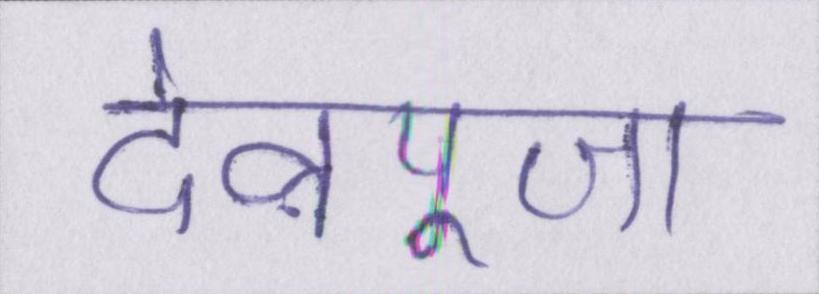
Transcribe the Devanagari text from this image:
देवपूजा